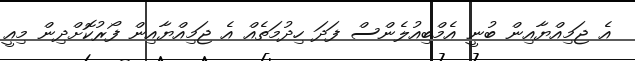
އެ ޖަމިއްޔާއިން ބުނީ އެމްބިއުލެންސް ފަދަ ހިދުމަތެއް އެ ޖަމިއްޔާއިން ފޯރުކޮށްދިން މިއީ